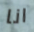
انا